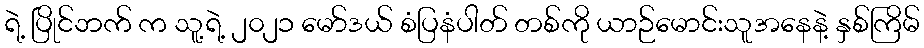
ရဲ့ ပြိုင်ဘက် က သူ့ရဲ့ ၂၀၂၁ မော်ဒယ် စံပြနံပါတ် တစ်ကို ယာဉ်မောင်းသူအနေနဲ့ နှစ်ကြိမ်